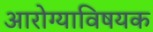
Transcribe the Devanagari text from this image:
आरोग्याविषयक